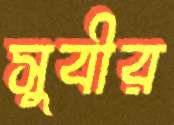
সুবীর